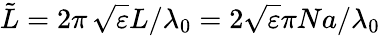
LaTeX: \tilde{L}=2\pi\, \sqrt{\varepsilon}L/\lambda_{0}=2\sqrt{\varepsilon}\pi Na/\lambda_{0}